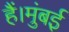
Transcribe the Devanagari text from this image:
हैं।मुंबई